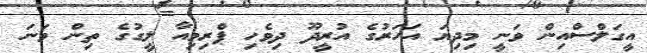
އީގަލްސްއިން ވަނީ މިދިޔަ އަހަރުގެ އުރީދޫ ދިވެހި ޕްރިމިއާ ލީގުގެ ތިން ވަނަ